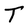
Character: T